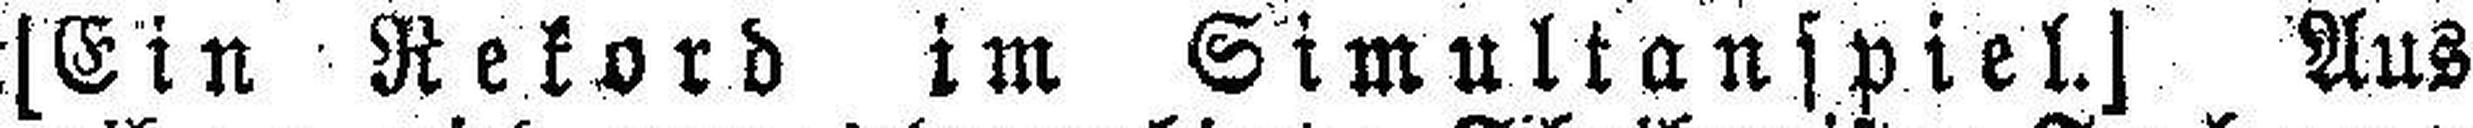
[Ein Rekord im Simultanspiel.] Aus